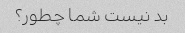
بد نیست شما چطور؟